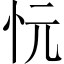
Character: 忨